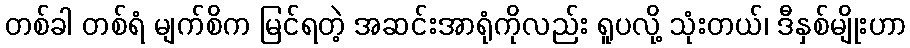
တစ်ခါ တစ်ရံ မျက်စိက မြင်ရတဲ့ အဆင်းအာရုံကိုလည်း ရူပလို့ သုံးတယ်၊ ဒီနှစ်မျိုးဟာ